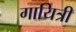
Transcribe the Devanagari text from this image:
गायित्री